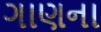
ગાણના